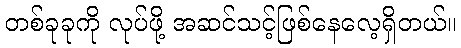
တစ်ခုခုကို လုပ်ဖို့ အဆင်သင့်ဖြစ်နေလေ့ရှိတယ်။